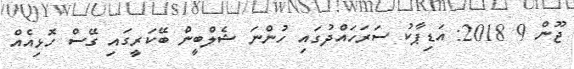
ޖޫން 9 2018: އަޑިޕާކު ސަރަހައްދުގައި ހުންނަ ޝެލްބީން ބޭކަރީގައި ގޭސް ހޮޅިއެއް